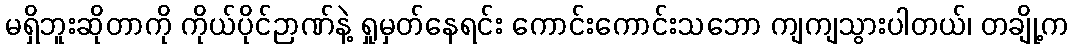
မရှိဘူးဆိုတာကို ကိုယ်ပိုင်ဉာဏ်နဲ့ ရှုမှတ်နေရင်း ကောင်းကောင်းသဘော ကျကျသွားပါတယ်၊ တချို့က